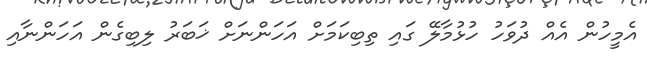
އެމީހުން އެއް ދުވަހު ހުޅުމާލޭ ގައި ތިބިކަމަށް އަހަންނަށް ޚަބަރު ލިބިގެން އަހަންނާއި